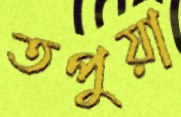
তপুয়া